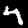
Label: 4